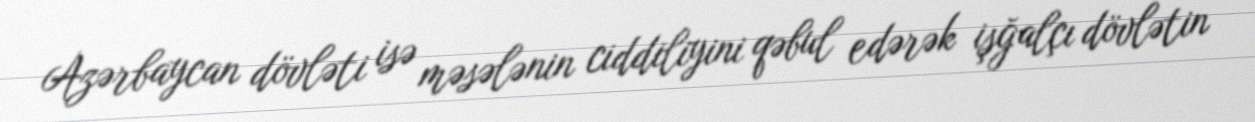
Azərbaycan dövləti isə məsələnin ciddiliyini qəbul edərək işğalçı dövlətin